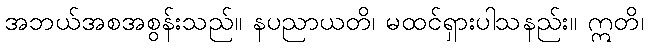
အဘယ်အစအစွန်းသည်။ နပညာယတိ၊ မထင်ရှားပါသနည်း။ ဣတိ၊